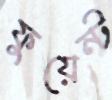
ফুয়েন্ট